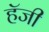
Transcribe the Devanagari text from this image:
हॅजी